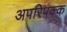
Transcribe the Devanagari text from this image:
अपरिपक्क